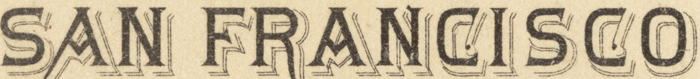
SAN FRANCISCO